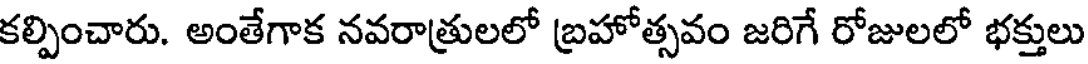
కల్పించారు. అంతేగాక నవరాత్రులలో బ్రహోత్సవం జరిగే రోజులలో భక్తులు